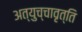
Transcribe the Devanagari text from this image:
अत्युच्चावृत्ति